Insane asylums Bombay 1873-77 - 1873-1877
Year: 1873
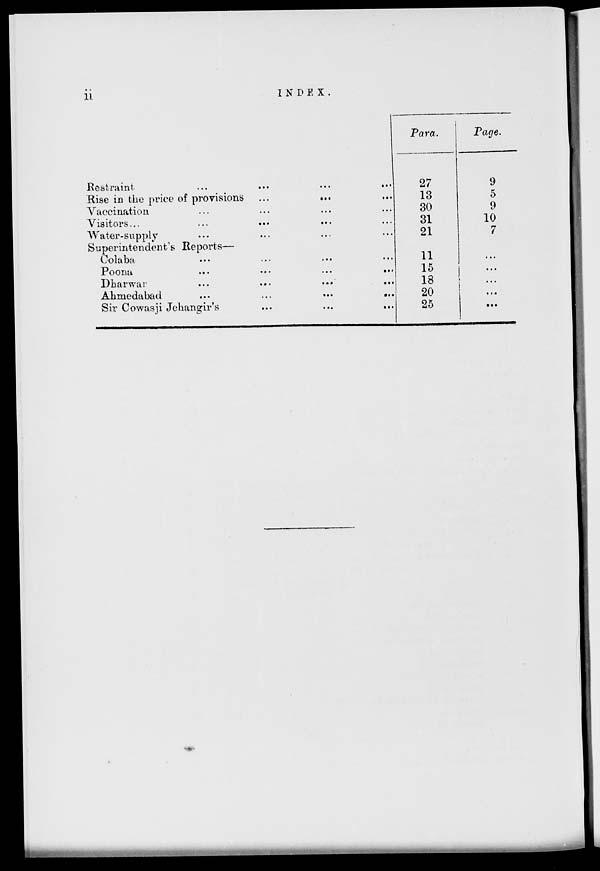
ii
INDEX.
Restraint
...
...
...
...
Rise in the price of provisions
...
...
Vaccination ... ... ... ...
Visitors ... ... ... ...
Water-supply ... ... ...
Superintendent's Reports—
Colaba ... ... ... ...
Poona
...
...
...
...
Dharwar
...
...
...
...
Ahmedabad
...
...
...
...
Sir Cowasji Jehangir's
...
...
...
Para.
27
13
30
31
21
11
15
18
20
25
Page.
9
5
9
10
7
...
...
...
...
...